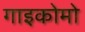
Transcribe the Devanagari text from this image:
गाइकोमो